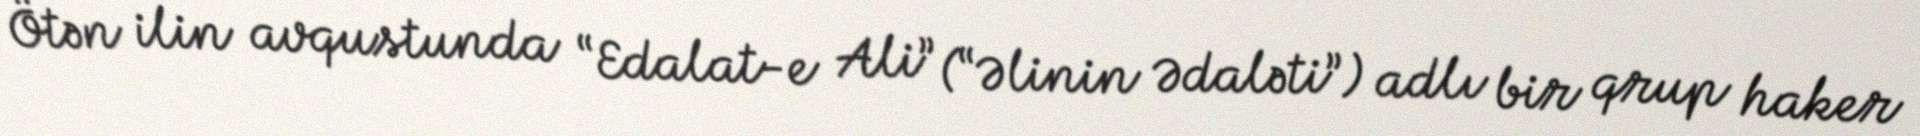
Ötən ilin avqustunda “Edalat-e Ali” (“Əlinin Ədaləti”) adlı bir qrup haker